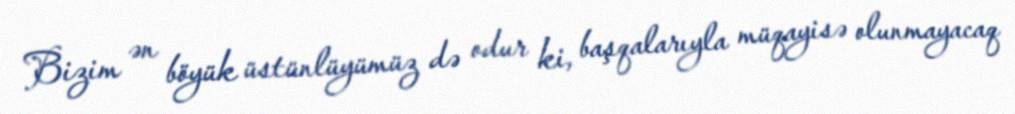
Bizim ən böyük üstünlüyümüz də odur ki, başqalarıyla müqayisə olunmayacaq